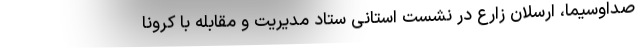
صداوسیما، ارسلان زارع در نشست استانی ستاد مدیریت و مقابله با کرونا